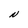
Character: N